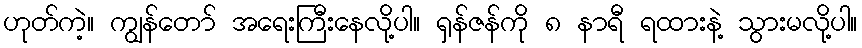
ဟုတ်ကဲ့။ ကျွန်တော် အရေးကြီးနေလို့ပါ။ ရှန်ဇန်ကို ၈ နာရီ ရထားနဲ့ သွားမလို့ပါ။